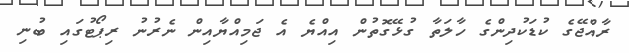
ރާއްޖޭގެ ކުޑަކުދިންގެ ހާލަތާ ގުޅޭގޮތުން އިއްޔެ އެ ޖަމިއްޔާއިން ނެރުނު ރިޕޯޓުގައި ބުނި